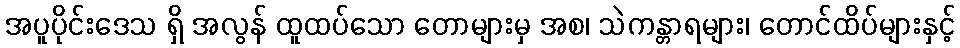
အပူပိုင်းဒေသ ရှိ အလွန် ထူထပ်သော တောများမှ အစ၊ သဲကန္တာရများ၊ တောင်ထိပ်များနှင့်